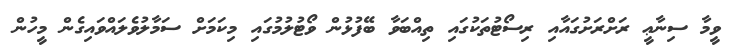
ވީމާ ސިނާޢީ ރަށްރަށުގައާއި ރިސޯޓުތަކުގައި ތިއްބަވާ ބޭފުޅުން ވޯޓުލުމުގައި މިކަމަށް ސަމާލުވެލައްވައިގެން މީހުން